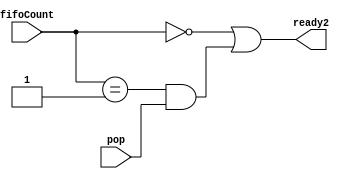
// -------------------------------------------------------------
// 
// 
// Generated by MATLAB 9.13 and HDL Coder 4.0
// 
// -------------------------------------------------------------


// -------------------------------------------------------------
// 
// Module: whdlOFDMTx_Generate_Ready2_block
// Source Path: whdlOFDMTx/Frame Generator/Header/Interleaver/Generate Ready/Generate Ready2
// Hierarchy Level: 7
// 
// -------------------------------------------------------------

`timescale 1 ns / 1 ns

module whdlOFDMTx_Generate_Ready2_block
          (fifoCount,
           pop,
           ready2);


  input   [2:0] fifoCount;  // ufix3
  input   pop;
  output  ready2;


  wire Compare_To_Constant1_out1;
  wire Compare_To_Constant4_out1;
  wire Logical_Operator14_out1;
  wire Logical_Operator1_out1;


  assign Compare_To_Constant1_out1 = fifoCount == 3'b000;



  assign Compare_To_Constant4_out1 = fifoCount == 3'b001;



  assign Logical_Operator14_out1 = Compare_To_Constant4_out1 & pop;



  assign Logical_Operator1_out1 = Compare_To_Constant1_out1 | Logical_Operator14_out1;



  assign ready2 = Logical_Operator1_out1;

endmodule  // whdlOFDMTx_Generate_Ready2_block